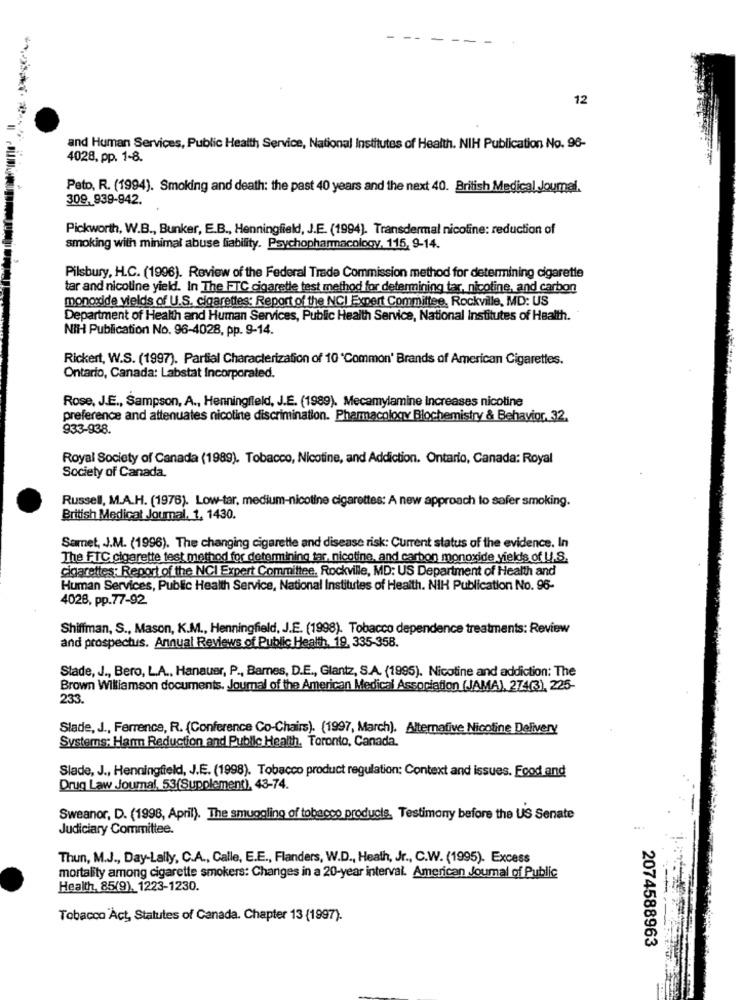
12
and Human Services, Public Health Service, National Institutes of Health. NIH Publication No. 98-
4028, pp. 1-8.
Peto, R. (1994). Smoking and death: the past 40 years and the next 40. British Medical Journal.
309,939-942.
Pickworth, W.B ., Bunker, E.B ., Henningfield, J.E. (1994). Transdermal nicotine: reduction of
smoking with minimal abuse liability. Psychopharmacology, 115, 9-14.
Pilsbury, H.C. (1996). Review of the Federal Trade Commission method for determining cigarette
tar and nicoline yield. In The FTC cigaretle test method for determining tar, nicoline, and carbon
monoxide yields of U.S. cigarettes: Report of the NCI Expert Committee, Rockville, MD: US
Department of Health and Human Services, Public Health Service, National Institutes of Health.
NIH Publication No. 96-4028, pp. 9-14.
Rickert, W.S. (1997). Partial Characterization of 10 'Common' Brands of American Cigarettes.
Ontario, Canada: Labstat Incorporated.
Rose, J.E ., Sampson, A ., Henningfield, J.E. (1989). Mecamylamine Increases nicoline
preference and attenuates nicotine discrimination. Pharmacology Blochemistry & Behavior, 32,
933-938.
Royal Society of Canada (1989). Tobacco, Nicotine, and Addiction. Ontario, Canada: Royal
Society of Canada.
Russell, M.A.H. (1976). Low-tar, medium-nicotine cigarettes: A new approach to safer smoking.
British Medical Journal. 1, 1430.
Semet, J.M. (1996). The changing cigarette and disease risk: Current status of the evidence. In
The FTC cigarette test method for determining tar, nicotine, and carbon monoxide yields of U.S.
cigarettes: Report of the NCI Expert Committee, Rockville, MD: US Department of Health and
Human Services, Public Health Service, National Institutes of Health. NIH Publication No. 96-
4028, pp.77-92
Shiffman, S ., Mason, K.M ., Henningfield, J.E. (1998). Tobacco dependence treatments: Review
and prospectus. Annual Reviews of Public Health, 19, 335-358.
Stade, J ., Bero, LA ., Hanauer, P ., Barnes, D.E ., Glantz, S.A. (1995). Nicotine and addiction: The
Brown Williamson documents, Journal of the American Medical Association (JAMA), 274(3), 225-
233.
Slade, J ., Ferrence, R. (Conference Co-Chairs). (1997, March). Alternative Nicotine Delivery
Systems: Harm Reduction and Public Health, Toronto, Canada.
Slade, J ., Henningfield, J.E. (1998). Tobacco product regulation: Context and issues. Food and
Drug Law Journal, 53(Supplement), 43-74.
Sweanor, D. (1998, April). The smuggling of tobacco products, Testimony before the US Senate
Judiciary Committee.
Thun, M.J ., Day-Lally, C.A ., Calle, E.E ., Flanders, W.D ., Heath, Jr ., C.W. (1995). Excess
mortality among cigarette smokers: Changes in a 20-year interval. American Journal of Public
Health, 85(9), 1223-1230.
Tobacco Act, Statutes of Canada. Chapter 13 (1997).
2074588963